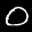
Label: 0